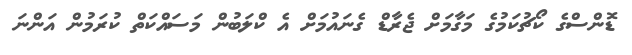
ޑޮންސްގެ ކޯޗުކަމުގެ މަގާމަށް ޖެރާޑް ގެނައުމަށް އެ ކްލަބުން މަސައްކަތް ކުރަމުން އަންނަ